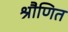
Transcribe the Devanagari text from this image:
श्रौणित